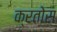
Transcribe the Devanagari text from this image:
क्रतोस